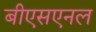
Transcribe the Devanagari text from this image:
बीएसएनल